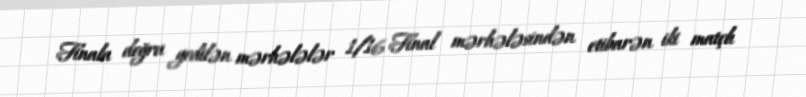
Finala doğru gedilən mərhələlər 1/16 Final mərhələsindən etibarən iki matçlı